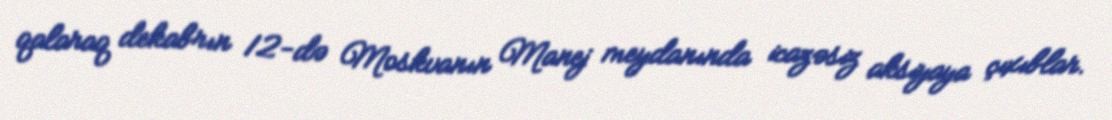
qalaraq dekabrın 12-də Moskvanın Manej meydanında icazəsiz aksiyaya çıxıblar.